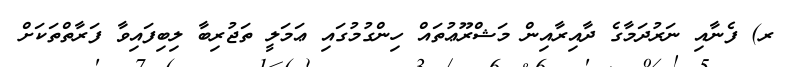
ރ) ފެނާއި ނަރުދަމާގެ ދާއިރާއިން މަޝްރޫޢުތައް ހިންގުމުގައި ޢަމަލީ ތަޖުރިބާ ލިބިފައިވާ ފަރާތްތަކަށް